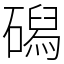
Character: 磶